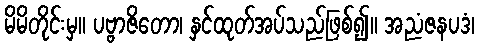
မိမိတိုင်းမှ။ ပဗ္ဗာဇိတော၊ နှင်ထုတ်အပ်သည်ဖြစ်၍။ အညံဇနပဒံ၊